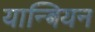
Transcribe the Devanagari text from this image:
यान्बियन